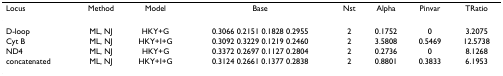
| Locus | Method | Model | Base | Nst | Alpha | Pinvar | TRatio |
 | --- | --- | --- | --- | --- | --- | --- | --- |
 | D-loop | ML, NJ | HKY+G | 0.3066 0.2151 0.1828 0.2955 | 2 | 0.1752 | 0 | 3.2075 |
 | Cyt B | ML, NJ | HKY+I+G | 0.3092 0.3229 0.1219 0.2460 | 2 | 3.5808 | 0.5469 | 12.5738 |
 | ND4 | ML, NJ | HKY+G | 0.3372 0.2697 0.1127 0.2804 | 2 | 0.2736 | 0 | 8.1268 |
 | concatenated | ML, NJ | HKY+I+G | 0.3124 0.2661 0.1377 0.2838 | 2 | 0.8801 | 0.3833 | 6.1953 |